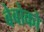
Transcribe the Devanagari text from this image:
बेबोको